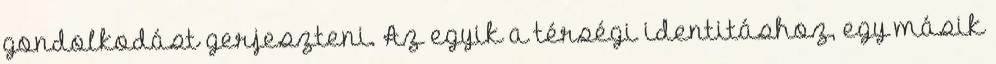
gondolkodást gerjeszteni. Az egyik a térségi identitáshoz, egy másik